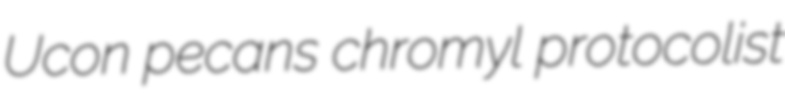
Ucon pecans chromyl protocolist